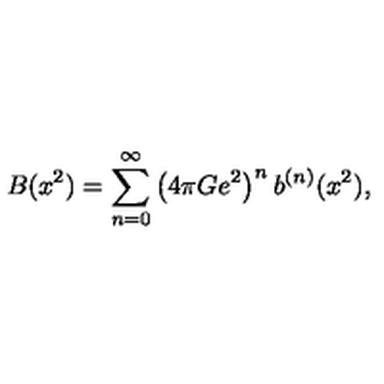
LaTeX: B ( x ^ { 2 } ) = \sum _ { n = 0 } ^ { \infty } \left( 4 \pi G e ^ { 2 } \right) ^ { n } b ^ { ( n ) } ( x ^ { 2 } ) ,